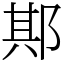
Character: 𨛺